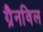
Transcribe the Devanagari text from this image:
ग्रैनविल